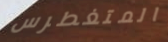
المتغطرس